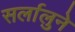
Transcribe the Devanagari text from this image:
सर्लालुने